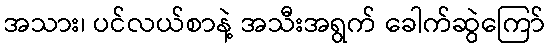
အသား၊ ပင်လယ်စာနဲ့ အသီးအရွက် ခေါက်ဆွဲကြော်